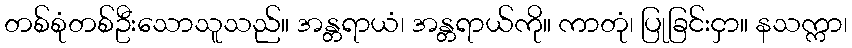
တစ်စုံတစ်ဦးသောသူသည်။ အန္တရာယံ၊ အန္တရာယ်ကို။ ကာတုံ၊ ပြုခြင်းငှာ။ နသက္ကာ၊